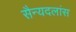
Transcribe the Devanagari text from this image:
सैन्यदलांस